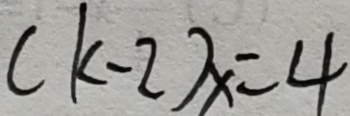
( k - 2 ) x = 4